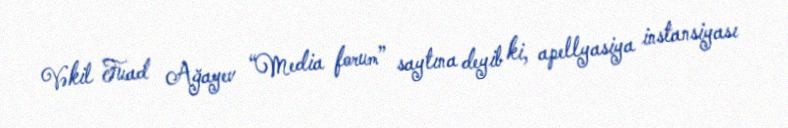
Vəkil Fuad Ağayev “Media forum” saytına deyib ki, apellyasiya instansiyası